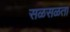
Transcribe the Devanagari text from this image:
सळसळता